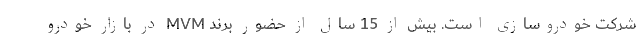
شرکت خودروسازی است. بیش از 15 سال از حضور برند MVM در بازار خودرو